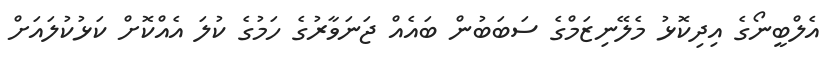
އެލްބީނޯގެ އިދިކޮޅު މެލޭނިޒަމްގެ ސަބަބުން ބައެއް ޖަނަވާރުގެ ހަމުގެ ކުލަ އެއްކޮށް ކަޅުކުލައަށް